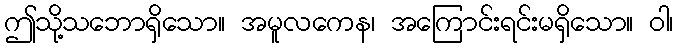
ဤသို့သဘောရှိသော။ အမူလကေန၊ အကြောင်းရင်းမရှိသော။ ဝါ၊